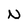
Character: N